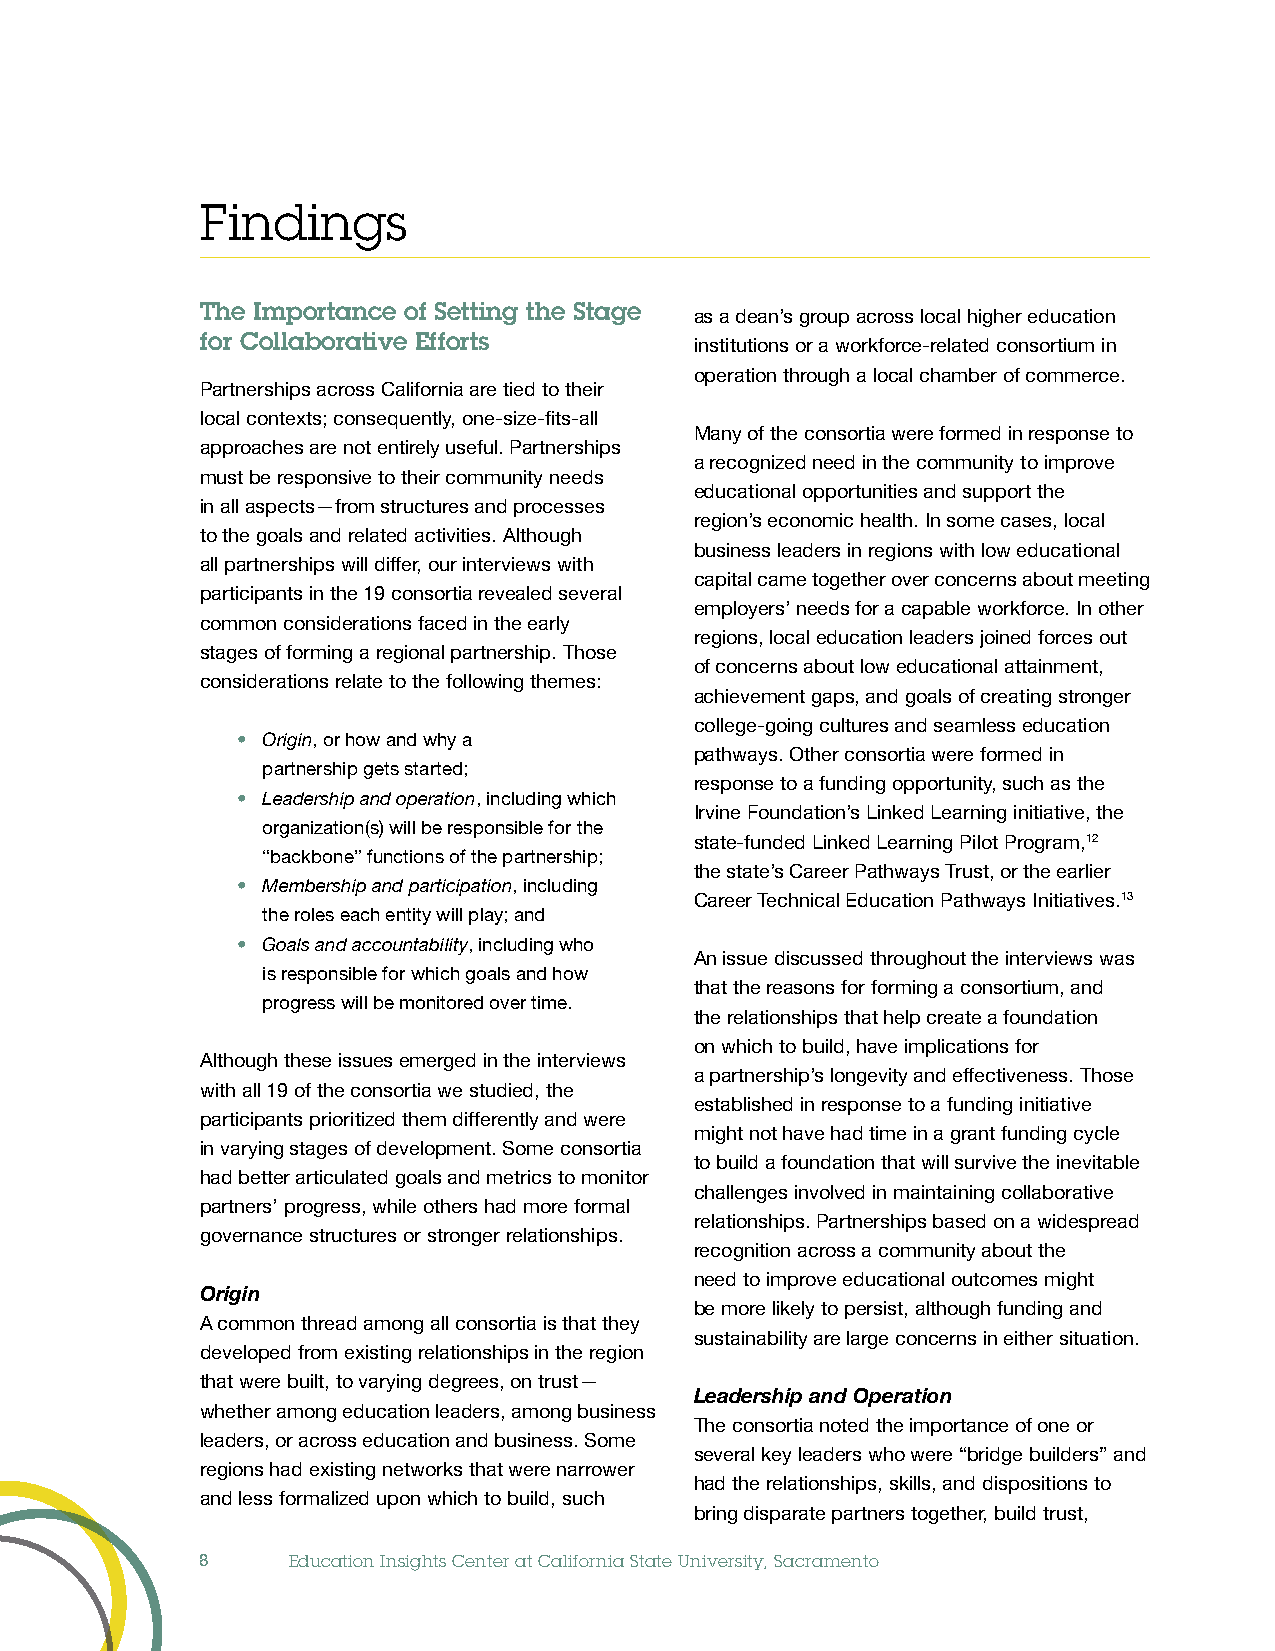
Findings
 The Importance of Setting the Stage as a dean’s group across local higher education
 for Collaborative Efforts        institutions or a workforce-related consortium in
 operation through a local chamber of commerce.
 Partnerships across California are tied to their
 local contexts; consequently, one-size-fits-all
 Many of the consortia were formed in response to
 approaches are not entirely useful. Partnerships
 a recognized need in the community to improve
 must be responsive to their community needs
 educational opportunities and support the
 in all aspects—from structures and processes
 region’s economic health. In some cases, local
 to the goals and related activities. Although
 business leaders in regions with low educational
 all partnerships will differ, our interviews with
 capital came together over concerns about meeting
 participants in the 19 consortia revealed several
 employers’ needs for a capable workforce. In other
 common considerations faced in the early
 regions, local education leaders joined forces out
 stages of forming a regional partnership. Those
 of concerns about low educational attainment,
 considerations relate to the following themes:
 achievement gaps, and goals of creating stronger
 college-going cultures and seamless education
 • Origin, or how and why a
 pathways. Other consortia were formed in
 partnership gets started;
 response to a funding opportunity, such as the
 • Leadership and operation, including which
 Irvine Foundation’s Linked Learning initiative, the
 organization(s) will be responsible for the
 state-funded Linked Learning Pilot Program,12
 “backbone” functions of the partnership;
 the state’s Career Pathways Trust, or the earlier
 • Membership and participation, including
 Career Technical Education Pathways Initiatives.13
 the roles each entity will play; and
 • Goals and accountability, including who
 An issue discussed throughout the interviews was
 is responsible for which goals and how
 that the reasons for forming a consortium, and
 progress will be monitored over time.
 the relationships that help create a foundation
 on which to build, have implications for
 Although these issues emerged in the interviews
 a partnership’s longevity and effectiveness. Those
 with all 19 of the consortia we studied, the
 established in response to a funding initiative
 participants prioritized them differently and were
 might not have had time in a grant funding cycle
 in varying stages of development. Some consortia
 to build a foundation that will survive the inevitable
 had better articulated goals and metrics to monitor
 challenges involved in maintaining collaborative
 partners’ progress, while others had more formal
 relationships. Partnerships based on a widespread
 governance structures or stronger relationships.
 recognition across a community about the
 need to improve educational outcomes might
 Origin
 be more likely to persist, although funding and
 A common thread among all consortia is that they
 sustainability are large concerns in either situation.
 developed from existing relationships in the region
 that were built, to varying degrees, on trust—
 Leadership and Operation
 whether among education leaders, among business
 The consortia noted the importance of one or
 leaders, or across education and business. Some
 several key leaders who were “bridge builders” and
 regions had existing networks that were narrower
 had the relationships, skills, and dispositions to
 and less formalized upon which to build, such
 bring disparate partners together, build trust,
 8     Education Insights Center at California State University, Sacramento